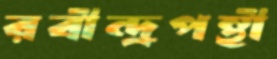
রবীন্দ্রপন্থী